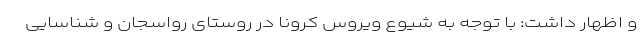
و اظهار داشت: با توجه به شیوع ویروس کرونا در روستای رواسجان و شناسایی